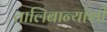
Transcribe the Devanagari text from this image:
तालिबान्यांशी